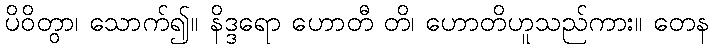
ပိဝိတွာ၊ သောက်၍။ နိဒ္ဒရော ဟောတီ တိ၊ ဟောတိဟူသည်ကား။ တေန